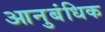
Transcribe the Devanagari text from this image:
आनुबंधिक